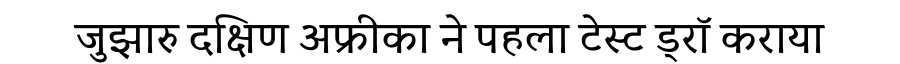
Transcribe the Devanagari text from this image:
जुझारु दक्षिण अफ्रीका ने पहला टेस्ट ड्रॉ कराया